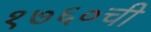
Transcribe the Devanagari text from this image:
१७६०ची